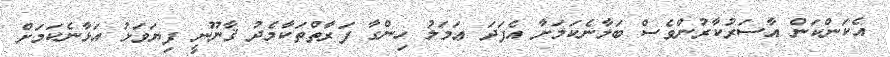
އެކަންކަން އާސަރުކާރުންވެސް ބަލާނެކަމަށާ އެފަދަ ޢަމަލު ހިންގާ ފަރާތްތަކާމެދު ޤާނޫނީ ފިޔަވަޅު އަޅާނެކަމަށް